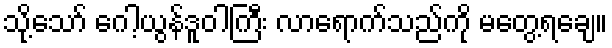
သို့သော် ဂေါ့ယွန်ဒူဝါကြီး လာရောက်သည်ကို မတွေ့ရချေ။